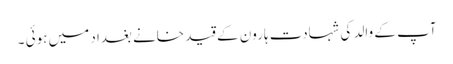
آپ کے والد کی شہادت ہارون کے قید خانے بغداد میں ہوئی ۔